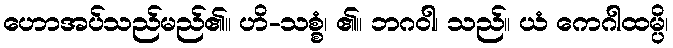
ဟောအပ်သည်မည်၏။ ဟိ-သစ္စံ၊ ၏။ ဘဂဝါ၊ သည်။ ယံ ကေဂါထမ္ပိ၊